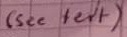
Text: (see text)